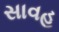
સાવહ